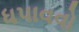
ધપાવવો